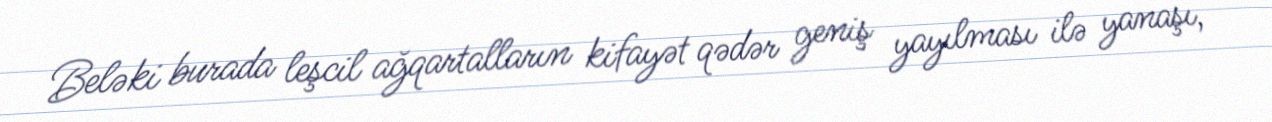
Beləki burada leşcil ağqartalların kifayət qədər geniş yayılması ilə yanaşı,